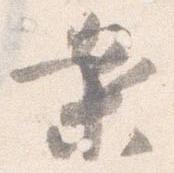
案